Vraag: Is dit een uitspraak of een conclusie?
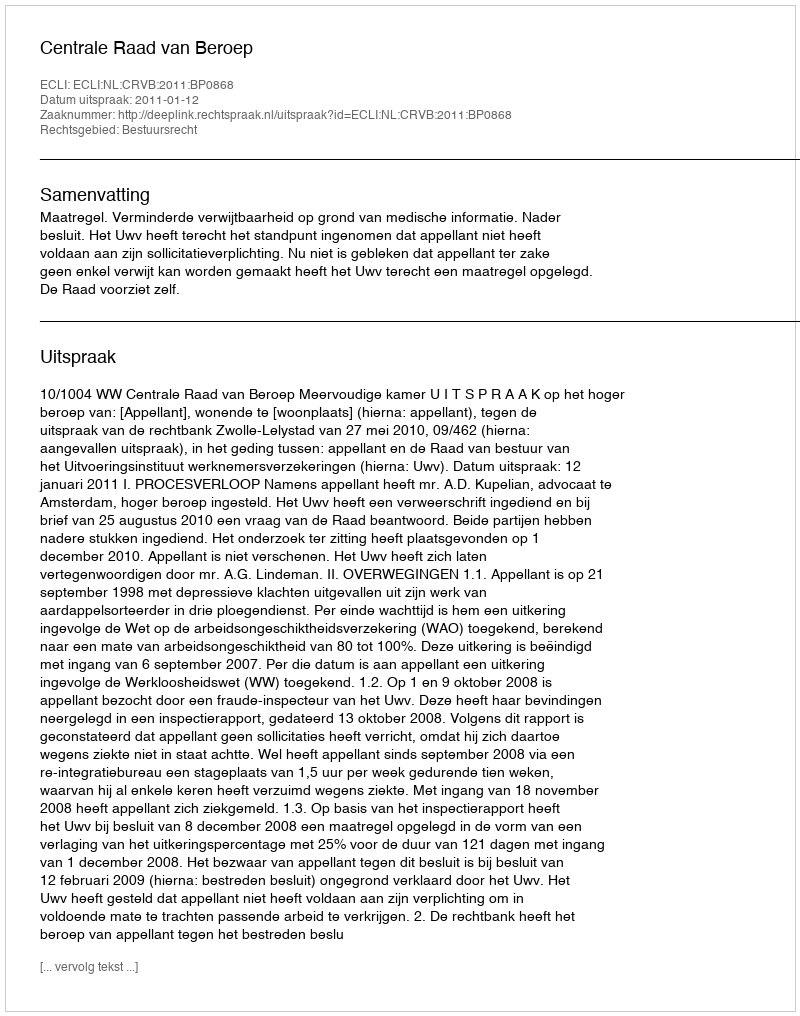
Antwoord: Uitspraak